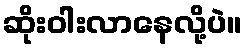
ဆိုးဝါးလာနေလို့ပဲ။